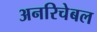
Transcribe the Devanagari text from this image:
अनरिचेबल